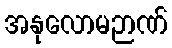
အနုလောမဉာဏ်